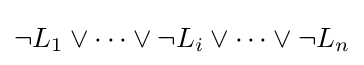
\neg L_{1}\lor \cdots \lor \neg L_{i}\lor \cdots \lor \neg L_{n}